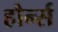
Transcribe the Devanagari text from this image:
हौर्न्स